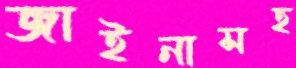
জাইনাসহ